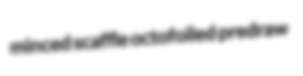
minced scaffle octofoiled predraw